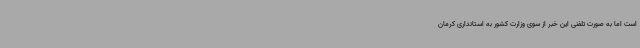
است اما به صورت تلفنی این خبر از سوی وزارت کشور به استانداری کرمان